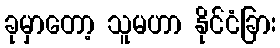
ခုမှာတော့ သူမဟာ နိုင်ငံခြား